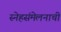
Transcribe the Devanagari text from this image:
स्नेहसंमेलनाची